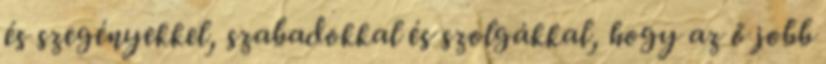
és szegényekkel, szabadokkal és szolgákkal, hogy az ő jobb